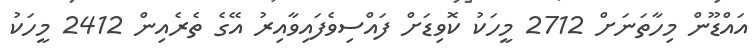
އައްޑޫން މިހާތަނަށް 2712 މީހަކު ކޮވިޑަށް ފައްސިވެފައިވާއިރު އޭގެ ތެރެއިން 2412 މީހަކު